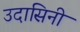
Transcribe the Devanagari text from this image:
उदासिनी